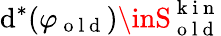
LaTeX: \mathrm{d}^{*}(\varphi_{\mathrm{{~o~l~\mathrm{d}~}}})\inS_{\mathrm{{~o~l~\mathrm{d}~}}}^{\mathrm{{~k~i~n~}}}